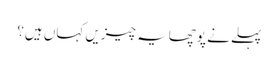
پہلے نے پوچھایہ چیزیں کہاں ہیں؟